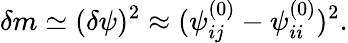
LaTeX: \delta m\simeq(\delta\psi)^{2}\approx(\psi_{ij}^{(0)}-\psi_{ii}^{(0)})^{2}.